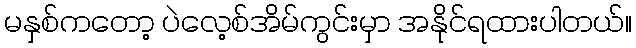
မနှစ်ကတော့ ပဲလေ့စ်အိမ်ကွင်းမှာ အနိုင်ရထားပါတယ်။